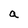
Character: a